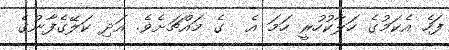
ފަހެ އެކަމުގެ ހަލާކުހުރީ ހަމަ އެ  ގެ މައްޗަށެވެ. އަދި ކަލޭގެފާނުގެ